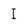
Character: I